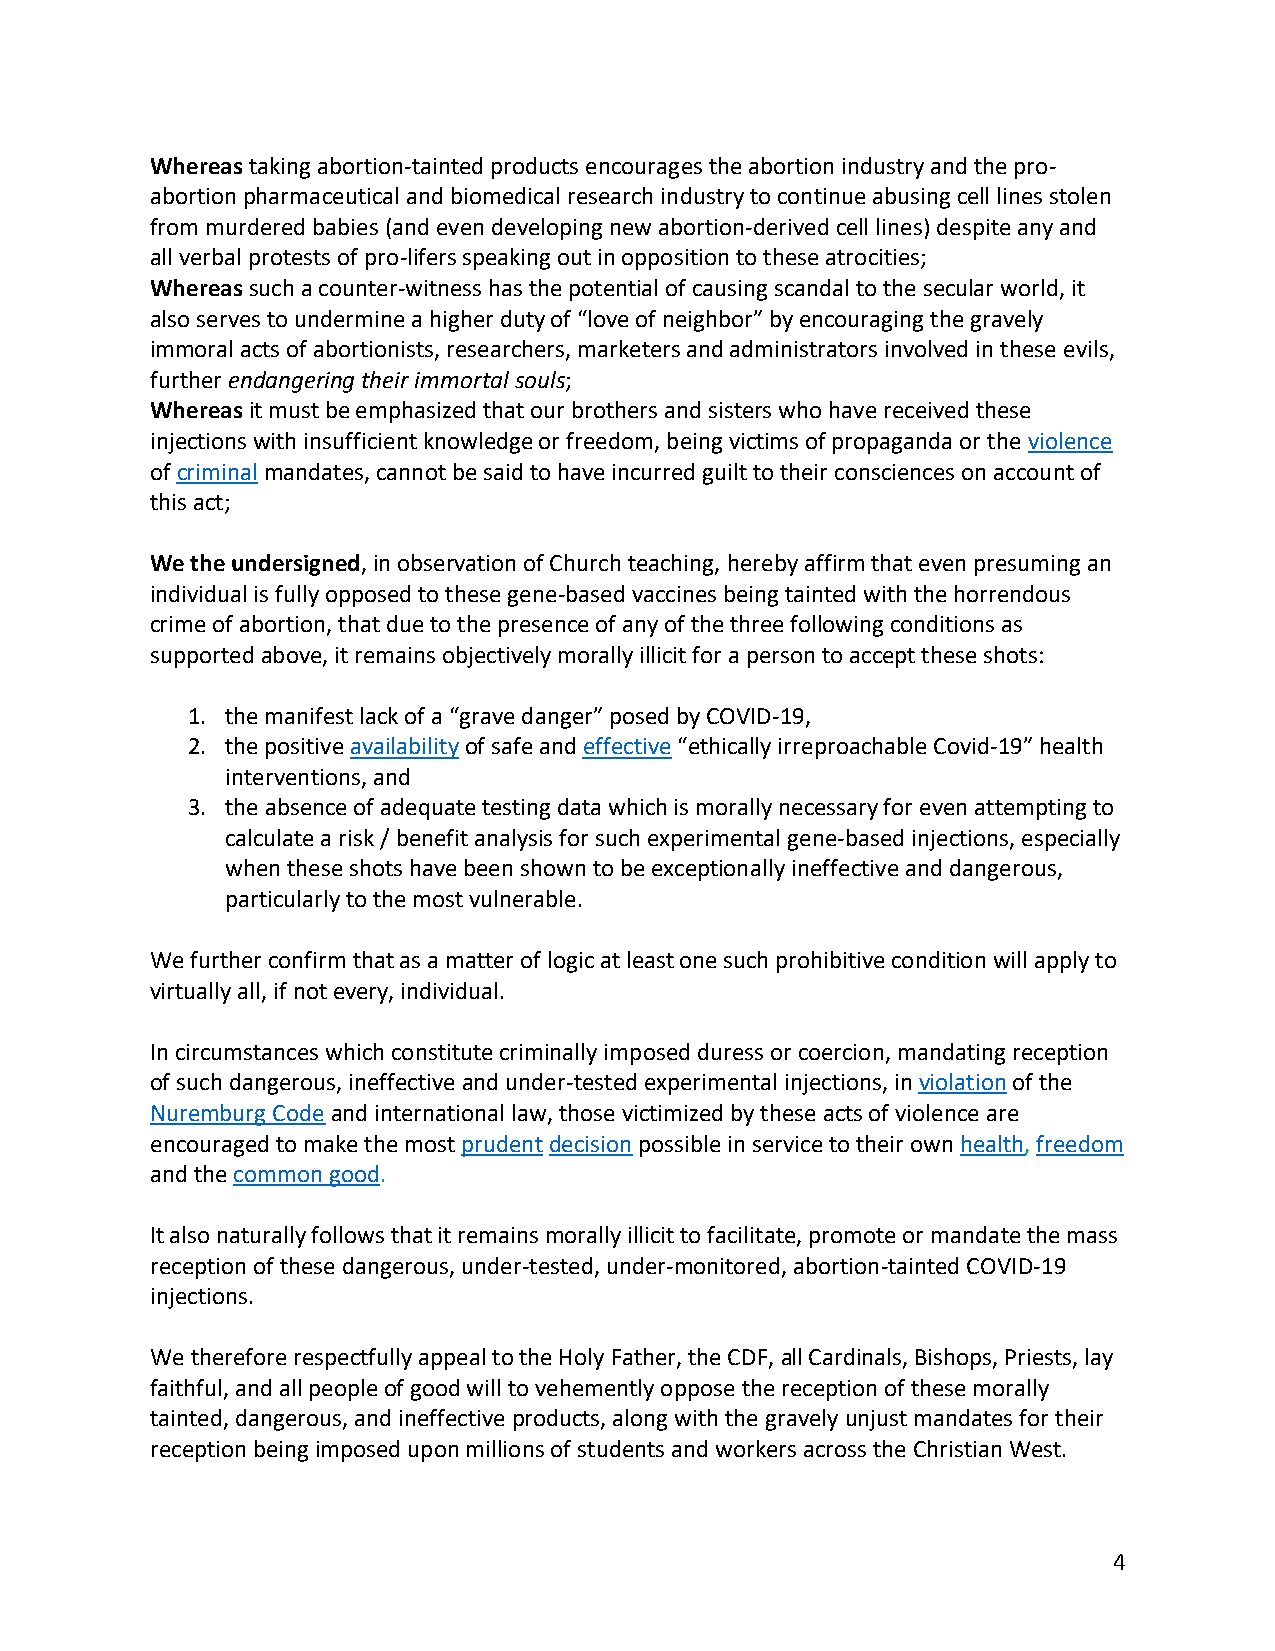
Whereas taking abortion-tainted products encourages the abortion industry and the pro-
 abortion pharmaceutical and biomedical research industry to continue abusing cell lines stolen
 from murdered babies (and even developing new abortion-derived cell lines) despite any and
 all verbal protests of pro-lifers speaking out in opposition to these atrocities;
 Whereas such a counter-witness has the potential of causing scandal to the secular world, it
 also serves to undermine a higher duty of “love of neighbor” by encouraging the gravely
 immoral acts of abortionists, researchers, marketers and administrators involved in these evils,
 further endangering their immortal souls;
 Whereas it must be emphasized that our brothers and sisters who have received these
 injections with insufficient knowledge or freedom, being victims of propaganda or the violence
 of criminal mandates, cannot be said to have incurred guilt to their consciences on account of
 this act;
 We the undersigned, in observation of Church teaching, hereby affirm that even presuming an
 individual is fully opposed to these gene-based vaccines being tainted with the horrendous
 crime of abortion, that due to the presence of any of the three following conditions as
 supported above, it remains objectively morally illicit for a person to accept these shots:
 1. the manifest lack of a “grave danger” posed by COVID-19,
 2. the positive availability of safe and effective “ethically irreproachable Covid-19” health
 interventions, and
 3. the absence of adequate testing data which is morally necessary for even attempting to
 calculate a risk / benefit analysis for such experimental gene-based injections, especially
 when these shots have been shown to be exceptionally ineffective and dangerous,
 particularly to the most vulnerable.
 We further confirm that as a matter of logic at least one such prohibitive condition will apply to
 virtually all, if not every, individual.
 In circumstances which constitute criminally imposed duress or coercion, mandating reception
 of such dangerous, ineffective and under-tested experimental injections, in violation of the
 Nuremburg Code and international law, those victimized by these acts of violence are
 encouraged to make the most prudent decision possible in service to their own health, freedom
 and the common good.
 It also naturally follows that it remains morally illicit to facilitate, promote or mandate the mass
 reception of these dangerous, under-tested, under-monitored, abortion-tainted COVID-19
 injections.
 We therefore respectfully appeal to the Holy Father, the CDF, all Cardinals, Bishops, Priests, lay
 faithful, and all people of good will to vehemently oppose the reception of these morally
 tainted, dangerous, and ineffective products, along with the gravely unjust mandates for their
 reception being imposed upon millions of students and workers across the Christian West.
 4